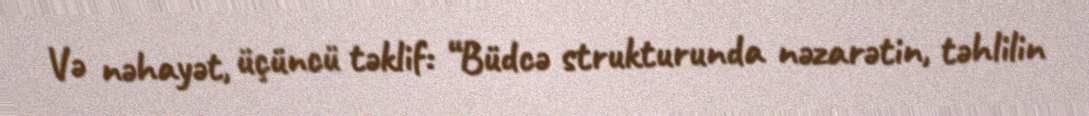
Və nəhayət, üçüncü təklif: “Büdcə strukturunda nəzarətin, təhlilin